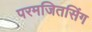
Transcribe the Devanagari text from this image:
परमजितसिंग